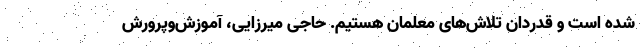
شده است و قدردان تلاش‌های معلمان هستیم. حاجی میرزایی، آموزش‌وپرورش